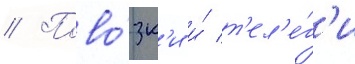
// Пово́зк'и и́ т'ел'е́г'и